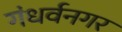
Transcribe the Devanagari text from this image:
गंधर्वनगर